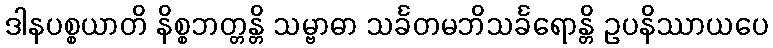
ဒါနပစ္စယာတိ နိစ္စဘတ္တန္တိ သမ္ဗာဓာ သင်္ခတမဘိသင်္ခရောန္တိ ဥပနိဿာယပေ